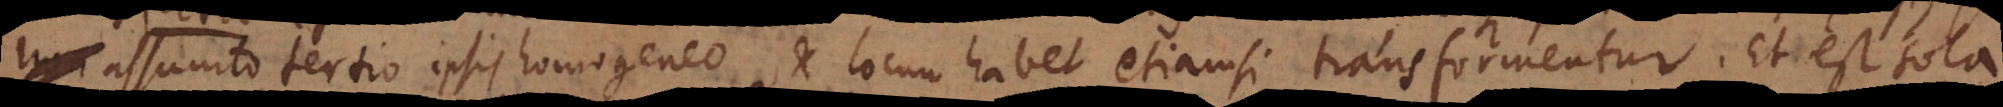
assumto tertio ipsis homogeneo, et locum habet etiamsi transformentur. Et est sola